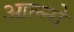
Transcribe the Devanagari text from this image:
आल्नो